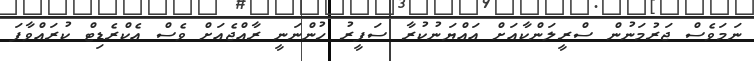
ނަމަވެސް ޖަރުމަނުން ސްރީލަންކާއަށް އައްޔަނުކުރާ ސަފީރު ހުންނަނީ ރާއްޖެއަށް ވެސް އެކްރެޑިޓް ކުރައްވާފަ